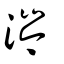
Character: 涔